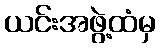
ယင်းအဖွဲ့ထံမှ